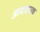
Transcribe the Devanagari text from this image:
आवशय्क